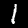
Digit: 1